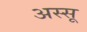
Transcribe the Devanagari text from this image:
अस्सू